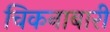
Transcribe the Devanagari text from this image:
चिकनाबारी